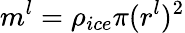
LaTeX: m^{l}=\rho_{ice}\pi(r^{l})^{2}